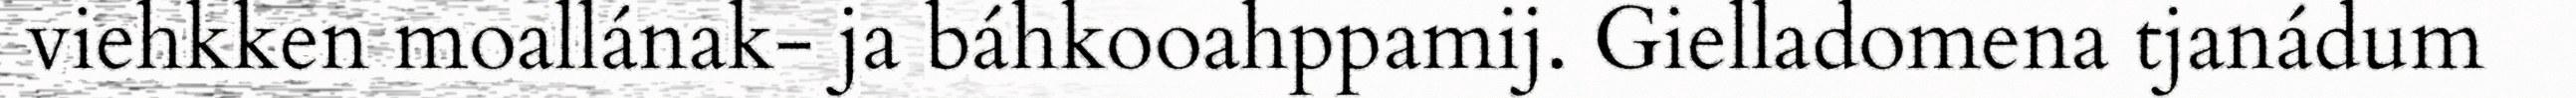
viehkken moallának- ja báhkooahppamij. Gielladomena tjanádum